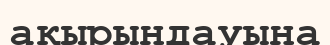
ақырындауына